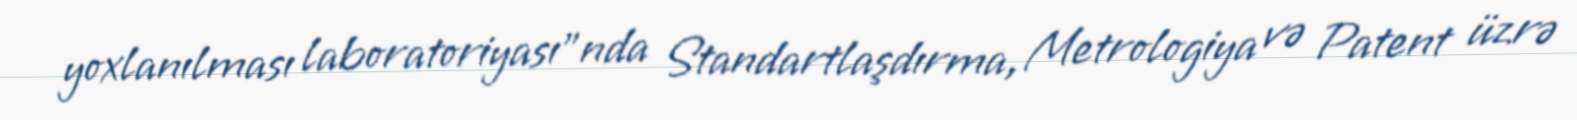
yoxlanılması laboratoriyası”nda Standartlaşdırma, Metrologiya və Patent üzrə